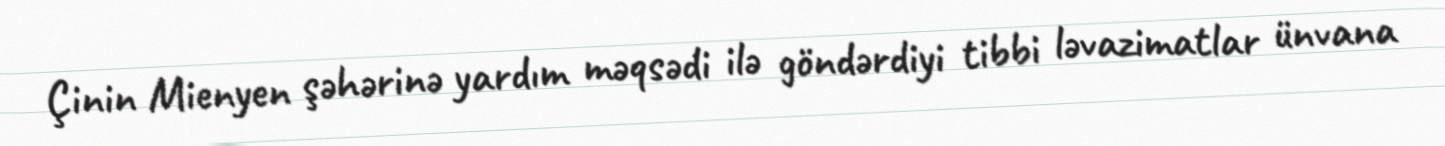
Çinin Mienyen şəhərinə yardım məqsədi ilə göndərdiyi tibbi ləvazimatlar ünvana